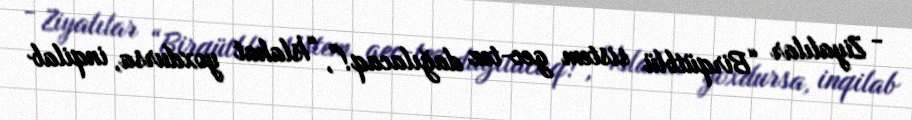
- Ziyalılar “Birqütblü sistem gec-tez dağılacaq!”, “İslahat yoxdursa, inqilab